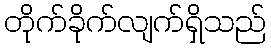
တိုက်ခိုက်လျက်ရှိသည်